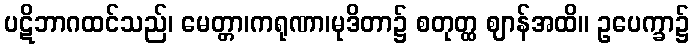
ပဋိဘာဂထင်သည်၊ မေတ္တာ၊ကရုဏာ၊မုဒိတာ၌ စတုတ္ထ ဈာန်အထိ။ ဥပေက္ခာ၌